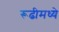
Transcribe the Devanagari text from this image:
रूढीमध्ये